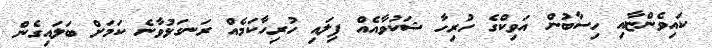
ކައިވެންޏާއި ހިސާބުން އަވިކްގެ ހުރިހާ ޝަކުވާއެއް ފިލައި ހުރިހާކަމެއް ރަނގަޅުވާނެ ކަމަށް ބަލައިގެން